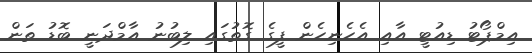
އިމްޕޯޓު ޑިއުޓީ އާއި އެހެނިހެން ފީގެ ގޮތުގައި ލިބުނު އާމްދަނީ ބޮޑު ތަން